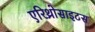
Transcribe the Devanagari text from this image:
एरिथ्रोसाइटस